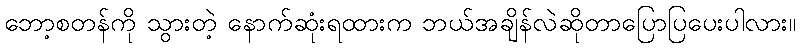
ဘော့စတန်ကို သွားတဲ့ နောက်ဆုံးရထားက ဘယ်အချိန်လဲဆိုတာပြောပြပေးပါလား။